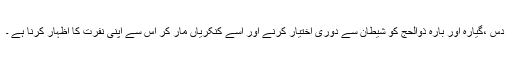
دس ،گیارہ اور بارہ ذوالحج کو شیطان سے دوری اختیار کرنے اور اسے کنکریاں مار کر اس سے اپنی نفرت کا اظہار کرنا ہے ۔